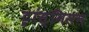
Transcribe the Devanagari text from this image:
ट्रांस्मिसन